system: You are a helpful assistant.
user:
Analyze the provided spectrum to determine if it is a **White Dwarf (WD)**.

A White Dwarf spectrum is defined by its **extreme purity** (due to gravitational settling) and/or **extreme pressure broadening** (due to high surface gravity). You must check for one of the following mutually exclusive signatures:

- **Key Visual Indicators (Check for ONE of these types):**

    - **1. DA-Type Signature (Most Common):**
        - **(Primary Feature):** Extreme pressure broadening (Stark broadening) of the **Hydrogen (H) Balmer lines**.
        - **(Key Lines):** $H\beta$ (approx. $4861$ Å) and $H\gamma$ (approx. $4340$ Å). $H\alpha$ (approx. $6563$ Å) will also be present if the wavelength range covers it.
        - **(Line Profile):** This is the **defining feature**. The lines are **NOT** sharp. They appear as massive, **extremely broad and deep "troughs" or "dips"** in the spectrum, often hundreds of Ångströms wide. The continuum will appear to "scoop" down at these wavelengths.
        - **(Distinction):** Normal A-type or B-type stars have *narrow* and *sharp* Hydrogen lines. A DA White Dwarf's lines are unmistakably "smeared" or "blurry" from pressure.

    - **2. DB-Type Signature:**
        - **(Primary Feature):** Broad absorption lines from **Neutral Helium (He I)**. The spectrum must lack any visible Hydrogen lines.
        - **(Key Lines):** Look for broad absorption near $4471$ Å, $4921$ Å, and $5876$ Å.
        - **(Line Profile):** These lines are also significantly pressure-broadened, appearing much wider than they would in a normal B-type main-sequence star.

    - **3. DC-Type Signature:**
        - **(Primary Feature):** A **featureless continuous spectrum**.
        - **(Line Profile):** The spectrum is a smooth curve with **no significant absorption or emission lines**.
        - **(Key Confirmation):** The continuum is almost always **blue or white**, indicating a hot object. This signature implies the atmosphere is so pure (or so cool) that no spectral lines are visible in the optical range. Its WD identity is confirmed by its extremely low intrinsic brightness (high absolute magnitude).

    - **4. DZ-Type Signature (Metal-Polluted):**
        - **(Primary Feature):** **Isolated, narrow metal absorption lines** on an otherwise featureless (DC-like) continuum.
        - **(Key Lines):** The **Calcium (Ca II) H & K doublet** (approx. **$3934$ Å** and **$3968$ Å**) is the most common and defining feature.
        - **(Line Profile):** These lines are "out of place." They are *not* part of a "forest" of thousands of lines. This signature is evidence of recent *accretion* (pollution) from rocky debris.
        - **(Distinction):** Normal G/K/M stars have a *dense forest* of thousands of metal lines. A DZ has a *clean* continuum with *only a few* strong metal lines.

    - **5. DQ-Type Signature (Carbon-Polluted):**
        - **(Primary Feature):** Absorption bands from **Carbon (C₂ "Swan Bands" or atomic C I)**.
        - **(Key Lines - C₂):** Look for bandheads with a "saw-tooth" shape near $5635$ Å, **$5165$ Å** (strongest), and $4737$ Å.
        - **(Key Confirmation):** The underlying **continuum must be blue or white** (hot).
        - **(Distinction):** This is the critical difference from a **Carbon Star**, which has the *exact same* C₂ bands but on an extremely **red, cool** continuum.

- **(Overall Spectrum):**
    - The continuum (overall shape) is typically **blue-sloping** (brighter in the blue than the red), as most white dwarfs are very hot.
    - The spectrum will look "pure" or "simple," dominated by only *one* of the five signatures listed above.

Think first, call **spectral_visualization_tool** if needed to examine features in detail, then provide your final answer. Your response must adhere to the following strict rules:
1.  **Overall Structure:** Your response must follow the format `<think>...</think> <tool_call>...</tool_call> (if a tool is used) <answer>...</answer>`.
2.  **Tool Usage Constraint:** You may only make **one** tool call per turn.
3.  **Final Answer Format:** In the `<answer>` tag, your conclusion must be inside a `\boxed{}` command (e.g., `\boxed{YES}` or `\boxed{NO}`), followed by your justification.

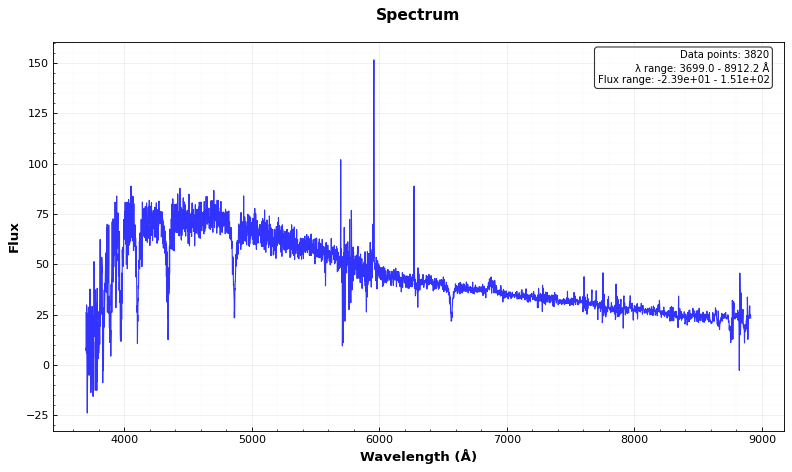
Answer: NO